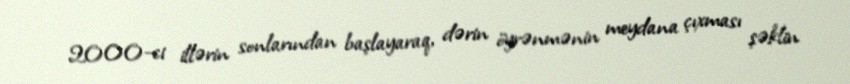
2000-ci illərin sonlarından başlayaraq, dərin öyrənmənin meydana çıxması şəklin